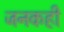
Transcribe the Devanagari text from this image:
जनकही